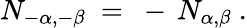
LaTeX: N_{-\alpha,-\beta}~=~-\, N_{\alpha,\beta}~.